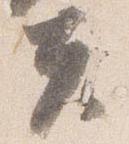
夫